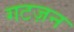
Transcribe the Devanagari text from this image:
गटज़न